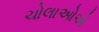
ચોલાઓએ